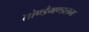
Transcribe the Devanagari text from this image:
तोण्डैमण्डलम